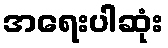
အရေးပါဆုံး